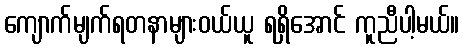
ကျောက်မျက်ရတနာများဝယ်ယူ ရရှိအောင် ကူညီပါ့မယ်။